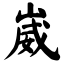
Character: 崴